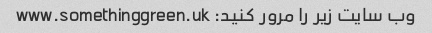
وب سایت زیر را مرور کنید: www.somethinggreen.uk